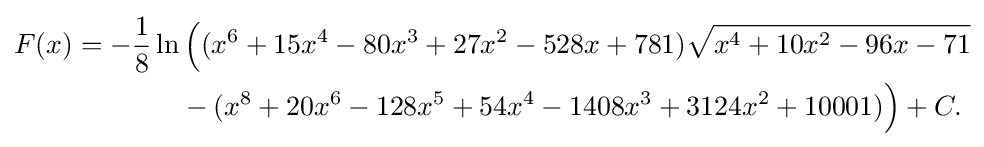
{\begin{aligned}F(x)=-{\frac {1}{8}}\ln &\,{\Big (}(x^{6}+15x^{4}-80x^{3}+27x^{2}-528x+781){\sqrt {x^{4}+10x^{2}-96x-71}}{\Big .}\\&{}-{\Big .}(x^{8}+20x^{6}-128x^{5}+54x^{4}-1408x^{3}+3124x^{2}+10001){\Big )}+C.\end{aligned}}